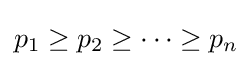
p_{1}\geq p_{2}\geq \cdots \geq p_{n}